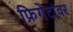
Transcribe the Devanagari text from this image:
फ्रिगेटांवर